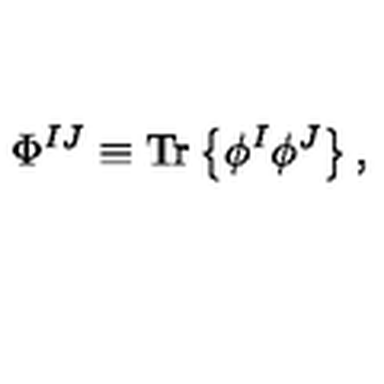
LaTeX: \Phi ^ { I J } \equiv { \mathrm { T r } } \left\{ \phi ^ { I } \phi ^ { J } \right\} ,